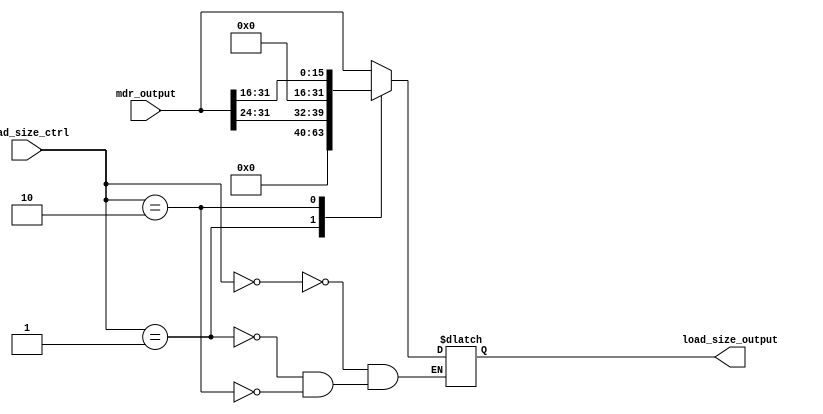
module LoadSize (
  input  wire [1:0]  load_size_ctrl,
  input  wire [31:0] mdr_output,
  output  reg [31:0] load_size_output
);

always @(*) begin
  case (load_size_ctrl)
    0: load_size_output = mdr_output;
    1: load_size_output = {24'b0, mdr_output[31:24]};
    2: load_size_output = {16'b0, mdr_output[31:16]};
  endcase
end

endmodule